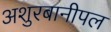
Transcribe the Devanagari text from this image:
अशुरबानीपल